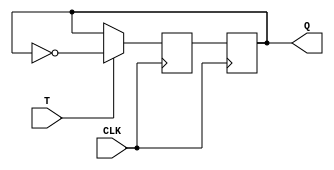
module t_flip_flop(
    input wire T,
    input wire CLK,
    output reg Q
);

reg Q_next;

// flip-flop behavior
always @(posedge CLK) begin
    if (T) begin
        Q_next <= ~Q;
    end else begin
        Q_next <= Q;
    end
end

// output assignment
always @(posedge CLK) begin
    Q <= Q_next;
end

endmodule